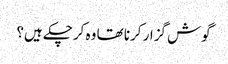
گوش گزار کرنا تھا وہ کرچکے ہیں؟